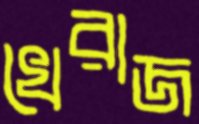
খেরাজ